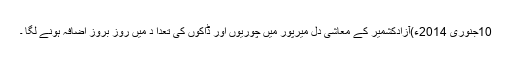
10جنوری 2014ء)آزادکشمیر کے معاشی دل میرپور میں چوریوں اور ڈاکوں کی تعدا د میں روز بروز اضافہ ہونے لگا ۔